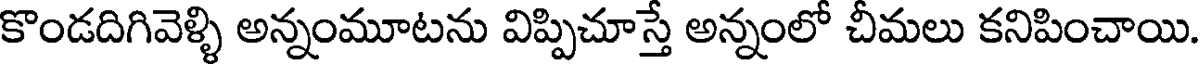
కొండదిగివెళ్ళి అన్నంమూటను విప్పిచూస్తే అన్నంలో చీమలు కనిపించాయి